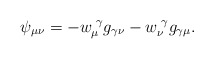
\begin{align*}\psi_{\mu\nu} = - w^{\,\,\gamma}_{\mu}g_{\gamma\nu} - w^{\,\,\gamma}_{\nu}g_{\gamma\mu}.\end{align*}